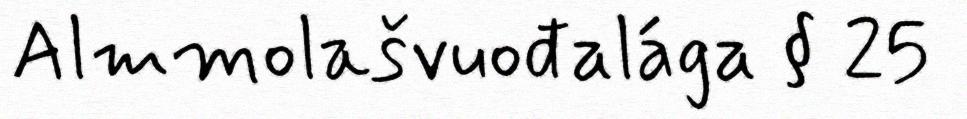
Almmolašvuođalága § 25